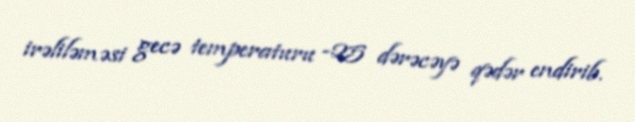
irəliləməsi gecə temperaturu -25 dərəcəyə qədər endirib.